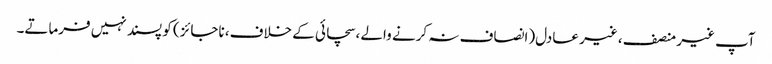
آپ غیر منصف ، غیر عادل(انصاف نہ کرنے والے ،سچائی کے خلاف، ناجائز) کو پسند نہیں فرماتے۔